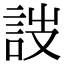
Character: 詜